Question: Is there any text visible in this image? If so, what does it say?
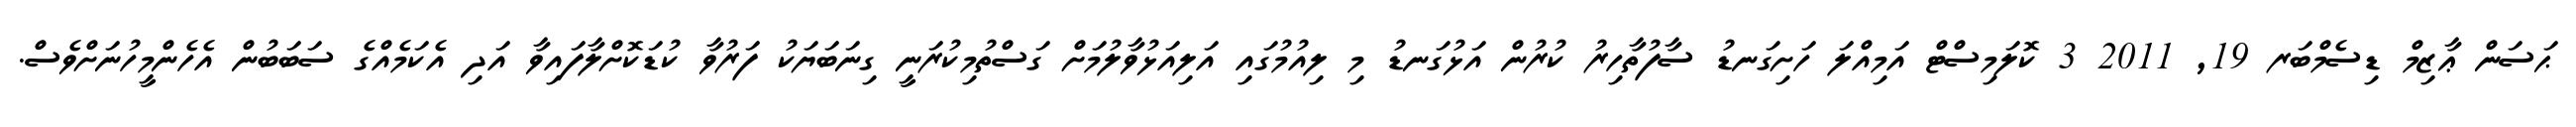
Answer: ޙަސަން ޢާޒިމް ޑިސެމްބަރ 19, 2011 3 ކޮލަމިސްޓް އަމިއްލަ ހަށިގަނޑު ސާފުތާހިރު ކުރުން އަޅުގަނޑު މި ލިއުމުގައި އަލިއަޅުވާލުމަށް ގަސްތުމިކުރަނީ ގިނަބަޔަކު ފަރުވާ ކުޑަކޮށްލާފައިވާ އަދި އެކަމެއްގެ ސަބަބުން އެހެންމީހުނަށްވެސް.